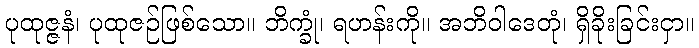
ပုထုဇ္ဇနံ၊ ပုထုဇဉ်ဖြစ်သော။ ဘိက္ခုံ၊ ရဟန်းကို။ အဘိဝါဒေတုံ၊ ရှိခိုးခြင်းငှာ။